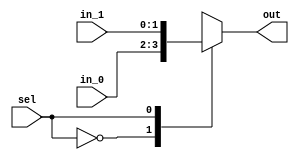
/*
 * Generated by Digital. Don't modify this file!
 * Any changes will be lost if this file is regenerated.
 */

module Mux_2x1_NBits #(
    parameter Bits = 2
)
(
    input [0:0] sel,
    input [(Bits - 1):0] in_0,
    input [(Bits - 1):0] in_1,
    output reg [(Bits - 1):0] out
);
    always @ (*) begin
        case (sel)
            1'h0: out = in_0;
            1'h1: out = in_1;
            default:
                out = 'h0;
        endcase
    end
endmodule


module DIG_Register_BUS #(
    parameter Bits = 1
)
(
    input C,
    input en,
    input [(Bits - 1):0]D,
    output [(Bits - 1):0]Q
);

    reg [(Bits - 1):0] state = 'h0;

    assign Q = state;

    always @ (posedge C) begin
        if (en)
            state <= D;
   end
endmodule
module DIG_Add
#(
    parameter Bits = 1
)
(
    input [(Bits-1):0] a,
    input [(Bits-1):0] b,
    input c_i,
    output [(Bits - 1):0] s,
    output c_o
);
   wire [Bits:0] temp;

   assign temp = a + b + c_i;
   assign s = temp [(Bits-1):0];
   assign c_o = temp[Bits];
endmodule


module pcdecoder(
    input [31:0] vpc,
    output reg[9:0] ppc,
    output reg invpc
);

parameter [31:0] startp=32'h400000 ;
parameter [31:0] endp=32'h401000 ;

always @(*)
begin
    if(vpc>=startp 
    & vpc<endp)begin
            ppc = vpc - startp;
	    invpc = 1'b0;
    end else begin
        invpc = 1'b1;
        ppc = 7'dx;
    end
end
endmodule
module shift(
	input [9:0] in,
	output [9:0] out
);

assign out = in >> 2;

endmodule
module DIG_ROM_1024X32 (
    input [9:0] A,
    input sel,
    output reg [31:0] D
);
    reg [31:0] my_rom [0:6];

    always @ (*) begin
        if (~sel)
            D = 32'hz;
        else if (A > 10'h6)
            D = 32'h0;
        else
            D = my_rom[A];
    end

    initial begin
        my_rom[0] = 32'h2408fffc;
        my_rom[1] = 32'h5000002;
        my_rom[2] = 32'h240800aa;
        my_rom[3] = 32'h8100006;
        my_rom[4] = 32'h24080004;
        my_rom[5] = 32'h8100001;
        my_rom[6] = 32'h8100006;
    end
endmodule

module JumpTarget(
	input [25:0] in,
	input [31:0] pc4,
	output [31:0] out 
);

assign out = {pc4[31:28], in, 2'b0};

endmodule
module BranchTarget(
	input [15:0] imm,
	input [31:0] pc4,
	output [31:0] out
);

wire [31:0] signExt;

assign signExt = {{16{imm[15]}}, imm};

assign out = {signExt[29:0], 2'b0} + pc4;

endmodule
module DIG_BitExtender #(
    parameter inputBits = 2,
    parameter outputBits = 4
)
(
    input [(inputBits-1):0] in,
    output [(outputBits - 1):0] out
);
    assign out = {{(outputBits - inputBits){in[inputBits - 1]}}, in};
endmodule



module controlunit(
    input [5:0] opcode,
    input [5:0] func,
    input [4:0] rt,
    output reg [1:0]RegDst,
    output reg branch,
    output reg memread,
    output reg memwrite,
    output reg [1:0]memtoReg,
    output reg [2:0]ALUop,
    output reg Alusrc,
    output reg regwrite,
    output reg jump,
    output reg bne,
    output reg immS,
    output reg [1:0]dS,
    output reg btX,
    output reg iOp,
    output reg bgez,
    output reg bgtz,
    output reg blez,
    output reg bltz,
    output reg jal,
    output reg jr
);

always @(*)
begin
    case (opcode)
      6'd0://R-Format((add,sub,and,or,slt)//entrega4(sll,srl,sra,sllv,srlv,srav,)
      begin
            if(func==6'd8) begin
            {RegDst,Alusrc,memtoReg,regwrite,memread,memwrite,branch,ALUop, jump, bne, immS} = 
            {2'b01, 1'b0,  2'b00,   1'b0,    1'b0,   1'b0,    1'b0,  3'b000,1'b0, 1'b0,1'b0};
            dS=2'b00;
            btX=1'b0;
            iOp = 1'b0;
            bgez = 1'b0;
            bgtz = 1'b0;
            blez = 1'b0;
            bltz = 1'b0;
            jal = 1'b0;
            jr = 1'b1;
            end else begin
            {RegDst,Alusrc,memtoReg,regwrite,memread,memwrite,branch,ALUop, jump, bne, immS} = 
            {2'b01, 1'b0,  2'b00,   1'b1,    1'b0,   1'b0,    1'b0,  3'b010,1'b0, 1'b0,1'b0};
            dS=2'b00;
            btX=1'b0;
            iOp = 1'b0;
            bgez = 1'b0;
            bgtz = 1'b0;
            blez = 1'b0;
            bltz = 1'b0;
            jal = 1'b0;
            jr = 1'b0;
            end
      end
      6'd1://BGEZ o BLTZ
      begin
            if(rt==5'd1)begin//BGEZ
            {RegDst,Alusrc,memtoReg,regwrite,memread,memwrite,branch,ALUop, jump,bne, immS} =
            {2'b00, 1'b0,  2'b00,   1'b0,    1'b0,   1'b0,    1'b0,  3'b000,1'b0,1'b0,1'b0};
            dS=2'b00;
            btX=1'b0;
            iOp = 1'b0;
            bgez = 1'b1;
            bgtz = 1'b0;
            blez = 1'b0;
            bltz = 1'b0;
            jr = 1'b0;
            jal = 1'b0;
            end else begin//BLTZ
            {RegDst,Alusrc,memtoReg,regwrite,memread,memwrite,branch,ALUop, jump,bne, immS} =
            {2'b00, 1'b0,  2'b00,   1'b0,    1'b0,   1'b0,    1'b0,  3'b000,1'b0,1'b0,1'b0};
            dS=2'b00;
            btX=1'b0;
            iOp = 1'b0;
            bgez = 1'b0;
            bgtz = 1'b0;
            blez = 1'b0;
            bltz = 1'b1;
            jr = 1'b0;
            jal = 1'b0;
            end
      end
      6'd2://Jump
      begin
            {RegDst,Alusrc,memtoReg,regwrite,memread,memwrite,branch,ALUop,jump,bne,immS} = {2'b00,1'b0,2'b00,1'b0,1'b0,1'b0,1'b0,3'b000,1'b1,1'b0,1'b0};
            dS=2'b00;
            btX=1'b0;
            iOp = 1'b0;
            bgez = 1'b0;
            bgtz = 1'b0;
            blez = 1'b0;
            bltz = 1'b0;
            jr = 1'b0;
            jal = 1'b0;
           
      end
      6'd3://JAL
      begin
            {RegDst,Alusrc,memtoReg,regwrite,memread,memwrite,branch,ALUop,jump,bne,immS} = 
            {2'b10, 1'b0,  2'b11,   1'b1,    1'b0,   1'b0,    1'b0,  3'b000,1'b1,1'b0,1'b0};
            dS=2'b00;
            btX=1'b0;
            iOp = 1'b0;
            bgez = 1'b0;
            bgtz = 1'b0;
            blez = 1'b0;
            bltz = 1'b0;
            jal = 1'b1;
            jr = 1'b0;
           
      end
       
      6'd4://beq
      begin
            {RegDst,Alusrc,memtoReg,regwrite,memread,memwrite,branch,ALUop,jump,bne,immS} =
             {2'b00,1'b0,2'b00,1'b0,1'b0,1'b0,1'b1,3'b001,1'b0,1'b0,1'b0};
            dS=2'b00;
            btX=1'b0;
            iOp = 1'b0;
            bgez = 1'b0;
            bgtz = 1'b0;
            blez = 1'b0;
            bltz = 1'b0;
            jr = 1'b0;
            jal = 1'b0;
            
      end
      6'd5://bne
      begin
            {RegDst,Alusrc,memtoReg,regwrite,memread,memwrite,branch,ALUop,jump,bne,immS} = {2'b00,1'b0,2'b00,1'b0,1'b0,1'b0,1'b0,3'b001,1'b0,1'b1,1'b0};
            dS=2'b00;
            btX=1'b0;
            iOp = 1'b0;
            bgez = 1'b0;
            bgtz = 1'b0;
            blez = 1'b0;
            bltz = 1'b0;
            jr = 1'b0;
            jal = 1'b0;
         
      end
      6'd6://blez
      begin
      {RegDst,Alusrc,memtoReg,regwrite,memread,memwrite,branch,ALUop, jump,bne, immS} =
            {2'b00, 1'b0,  2'b00,   1'b0,    1'b0,   1'b0,    1'b0,  3'b000,1'b0,1'b0,1'b0};
            dS=2'b00;
            btX=1'b0;
            iOp = 1'b0;
            bgez = 1'b0;
            bgtz = 1'b0;
            blez = 1'b1;
            bltz = 1'b0;
            jr = 1'b0;
            jal = 1'b0;
      end
      6'd7://bgtz
      begin
      {RegDst,Alusrc,memtoReg,regwrite,memread,memwrite,branch,ALUop, jump,bne, immS} =
            {2'b00, 1'b0,  2'b00,   1'b0,    1'b0,   1'b0,    1'b0,  3'b000,1'b0,1'b0,1'b0};
            dS=2'b00;
            btX=1'b0;
            iOp = 1'b0;
            bgez = 1'b0;
            bgtz = 1'b1;
            blez = 1'b0;
            bltz = 1'b0;
            jr = 1'b0;
            jal = 1'b0;
      end
      6'd8://addi
      begin
            {RegDst,Alusrc,memtoReg,regwrite,memread,memwrite,branch,ALUop,jump,bne,immS} = {2'b00,1'b1,2'b00,1'b1,1'b0,1'b0,1'b0,3'b000,1'b0,1'b0,1'b0};
            dS=2'b00;
            btX=1'b0;
            iOp = 1'b0;
            bgez = 1'b0;
            bgtz = 1'b0;
            blez = 1'b0;
            bltz = 1'b0;
            jr = 1'b0;
            jal = 1'b0;
        
      end
      6'd9://addiu
      begin
            {RegDst,Alusrc,memtoReg,regwrite,memread,memwrite,branch,ALUop,jump,bne,immS} = {2'b00,1'b1,2'b00,1'b1,1'b0,1'b0,1'b0,3'b000,1'b0,1'b0,1'b0};
            dS=2'b00;
            btX=1'b0;
            iOp = 1'b0;
            bgez = 1'b0;
            bgtz = 1'b0;
            blez = 1'b0;
            bltz = 1'b0;
            jr = 1'b0;
            jal = 1'b0;
   
      end
      6'd10://slti
      begin
            {RegDst,Alusrc,memtoReg,regwrite,memread,memwrite,branch,ALUop,jump,bne,immS} = 
            {2'b00,  1'b1,  2'b00,   1'b1,    1'b0,   1'b0,    1'b0,  3'b110,1'b0,1'b0,1'b1};
            dS=2'b00;
            btX=1'b0;
            iOp = 1'b0;
            bgez = 1'b0;
            bgtz = 1'b0;
            blez = 1'b0;
            bltz = 1'b0;
            jr = 1'b0;
            jal = 1'b0;
  
      end
       6'd11://sltiu
      begin
            {RegDst,Alusrc,memtoReg,regwrite,memread,memwrite,branch,ALUop,jump,bne,immS} = 
            {2'b00,  1'b1,  2'b00,   1'b1,    1'b0,   1'b0,    1'b0,  3'b111,1'b0,1'b0,1'b0};
            dS=2'b00;
            btX=1'b0;
            iOp = 1'b0;
            bgez = 1'b0;
            bgtz = 1'b0;
            blez = 1'b0;
            bltz = 1'b0;
            jr = 1'b0;
            jal = 1'b0;
  
      end
      6'd12://andi
      begin
            {RegDst,Alusrc,memtoReg,regwrite,memread,memwrite,branch,ALUop,jump,bne,immS} = {2'b00,1'b1,2'b00,1'b1,1'b0,1'b0,1'b0,3'b011,1'b0,1'b0,1'b1};
            dS=2'b00;
            btX=1'b0;
            iOp = 1'b0;
            bgez = 1'b0;
            bgtz = 1'b0;
            blez = 1'b0;
            bltz = 1'b0;
            jr = 1'b0;
            jal = 1'b0;

      end
      6'd13://ori
      begin
            {RegDst,Alusrc,memtoReg,regwrite,memread,memwrite,branch,ALUop,jump,bne,immS} = {2'b00,1'b1,2'b00,1'b1,1'b0,1'b0,1'b0,3'b100,1'b0,1'b0,1'b1};
            dS=2'b00;
            btX=1'b0;
            iOp = 1'b0;
            bgez = 1'b0;
            bgtz = 1'b0;
            blez = 1'b0;
            bltz = 1'b0;
            jr = 1'b0;
            jal = 1'b0;
  
      end
      6'd14://xori
      begin
            {RegDst,Alusrc,memtoReg,regwrite,memread,memwrite,branch,ALUop,jump,bne,immS} = 
            {2'b00,  1'b1,  2'b00,   1'b1,    1'b0,   1'b0,    1'b0,  3'b101,1'b0,1'b0,1'b1};
            dS=2'b00;
            btX=1'b0;
            iOp = 1'b0;
            bgez = 1'b0;
            bgtz = 1'b0;
            blez = 1'b0;
            bltz = 1'b0;
            jr = 1'b0;
            jal = 1'b0;
  
      end
      6'd15://lui
      begin
            {RegDst,Alusrc,memtoReg,regwrite,memread,memwrite,branch,ALUop,jump,bne,immS} = {2'b00,1'b0,2'b10,1'b1,1'b0,1'b0,1'b0,3'b000,1'b0,1'b0,1'b0};
            dS=2'b00;
            btX=1'b0;
            iOp = 1'b0;
            bgez = 1'b0;
            bgtz = 1'b0;
            blez = 1'b0;
            bltz = 1'b0;
            jr = 1'b0;
            jal = 1'b0;
         
      end
      6'd32://lb
      begin
            {RegDst,Alusrc,memtoReg,regwrite,memread,memwrite,branch,ALUop,jump,bne,immS} 
          = {2'b00,   1'b1,  2'b01,   1'b1,    1'b1,   1'b0,    1'b0,3'b000, 1'b0,1'b0,1'b0};
            dS=2'b10;//0-Word,1-HWord,2-byte
            btX=1'b1;//1-SignEx,2-ZeroEx
            iOp = 1'b0;
            bgez = 1'b0;
            bgtz = 1'b0;
            blez = 1'b0;
            bltz = 1'b0;
            jr = 1'b0;
            jal = 1'b0;
  
      end
      6'd33://lh
      begin
            {RegDst,Alusrc,memtoReg,regwrite,memread,memwrite,branch,ALUop,jump,bne,immS} 
          = {2'b00,   1'b1,  2'b01,   1'b1,    1'b1,   1'b0,    1'b0,3'b000, 1'b0,1'b0,1'b0};
            dS=2'b01;//0-Word,1-HWord,2-byte
            btX=1'b1;//1-SignEx,2-ZeroEx
            iOp = 1'b0;
            bgez = 1'b0;
            bgtz = 1'b0;
            blez = 1'b0;
            bltz = 1'b0;
            jr = 1'b0;
            jal = 1'b0;
 
      end
      6'd35://loadword
      begin
            {RegDst,Alusrc,memtoReg,regwrite,memread,memwrite,branch,ALUop,jump,bne,immS} 
          = {2'b00,  1'b1,  2'b01,   1'b1,    1'b1,   1'b0,    1'b0,  3'b000,1'b0,1'b0,1'b0};
            dS=2'b00;//0-Word,1-HWord,2-byte
            btX=1'b1;//1-SignEx,2-ZeroEx
            iOp = 1'b0;
            bgez = 1'b0;
            bgtz = 1'b0;
            blez = 1'b0;
            bltz = 1'b0;
            jr = 1'b0;
            jal = 1'b0;

      end

      6'd36://lbu
      begin
            {RegDst,Alusrc,memtoReg,regwrite,memread,memwrite,branch,ALUop,jump,bne,immS} 
          = {2'b00,   1'b1,  2'b01,   1'b1,    1'b1,   1'b0,    1'b0,3'b000, 1'b0,1'b0,1'b0};
            dS=2'b10;//0-Word,1-HWord,2-byte
            btX=1'b0;//1-SignEx,2-ZeroEx
            iOp = 1'b0;
            bgez = 1'b0;
            bgtz = 1'b0;
            blez = 1'b0;
            bltz = 1'b0;
            jr = 1'b0;
            jal = 1'b0;
           
      end
      6'd37://lhu
      begin
            {RegDst,Alusrc,memtoReg,regwrite,memread,memwrite,branch,ALUop,jump,bne,immS} 
          = {2'b00,   1'b1,  2'b01,   1'b1,    1'b1,   1'b0,    1'b0,3'b000, 1'b0,1'b0,1'b0};
            dS=2'b01;//0-Word,1-HWord,2-byte
            btX=1'b0;//1-SignEx,2-ZeroEx1
            iOp = 1'b0;
            bgez = 1'b0;
            bgtz = 1'b0;
            blez = 1'b0;
            bltz = 1'b0;
            jr = 1'b0;
            jal = 1'b0;
      
      end
     6'd40://sb
      begin
            {RegDst,Alusrc,memtoReg,regwrite,memread,memwrite,branch,ALUop,jump,bne,immS} 
          = {2'b00,   1'b1,  2'b00,   1'b0,    1'b0,   1'b1,    1'b0,3'b000, 1'b0,1'b0,1'b0};
            dS=2'b10;//0-Word,1-HWord,2-byte
            btX=1'b0;//1-SignEx,2-ZeroEx
            iOp = 1'b0;
            bgez = 1'b0;
            bgtz = 1'b0;
            blez = 1'b0;
            bltz = 1'b0;
            jr = 1'b0;
            jal = 1'b0;
      end
      6'd41://sh
      begin
            {RegDst,Alusrc,memtoReg,regwrite,memread,memwrite,branch,ALUop,jump,bne,immS} 
          = {2'b00,   1'b1,  2'b00,   1'b0,    1'b0,   1'b1,    1'b0,3'b000, 1'b0,1'b0,1'b0};
            dS=2'b01;//0-Word,1-HWord,2-byte
            btX=1'b0;//1-SignEx,2-ZeroEx
            iOp = 1'b0;
            bgez = 1'b0;
            bgtz = 1'b0;
            blez = 1'b0;
            bltz = 1'b0;
            jr = 1'b0;
            jal = 1'b0;
            
      end
      6'd43://storeword
      begin
            {RegDst,Alusrc,memtoReg,regwrite,memread,memwrite,branch,ALUop,jump,bne,immS}
          = {2'b00,  1'b1,  2'b00,   1'b0,    1'b0,   1'b1,    1'b0,  3'b000,1'b0,1'b0,1'b0};
            dS=2'b00;//0-Word,1-HWord,2-byte
            btX=1'b0;//1-SignEx,2-ZeroEx
            iOp = 1'b0;
            bgez = 1'b0;
            bgtz = 1'b0;
            blez = 1'b0;
            bltz = 1'b0;
            jr = 1'b0;
            jal = 1'b0;
           
      end
      default: 
      begin
        {RegDst,Alusrc,memtoReg,regwrite,memread,memwrite,branch,ALUop,jump,bne} = {2'bxx,1'bx,2'bxx,1'bx,1'bx,1'bx,1'bx,3'bxxx,1'bx,1'bx,1'bx};
        dS=2'b00;
        btX=1'b0;
        iOp = 1'b1;
        bgez = 1'b0;
        bgtz = 1'b0;
        blez = 1'b0;
        bltz = 1'b0;
        jr = 1'b0;
        jal = 1'b0;
        
      end
            
    endcase
end

endmodule
module zeroExtension(
    input [15:0] n,
    output [31:0] res
);

assign res = {16'b0,n};

endmodule
module lui(
    input [15:0] n,
    output [31:0] res
);


assign res = {n,16'b0};

endmodule

module Mux_4x1_NBits #(
    parameter Bits = 2
)
(
    input [1:0] sel,
    input [(Bits - 1):0] in_0,
    input [(Bits - 1):0] in_1,
    input [(Bits - 1):0] in_2,
    input [(Bits - 1):0] in_3,
    output reg [(Bits - 1):0] out
);
    always @ (*) begin
        case (sel)
            2'h0: out = in_0;
            2'h1: out = in_1;
            2'h2: out = in_2;
            2'h3: out = in_3;
            default:
                out = 'h0;
        endcase
    end
endmodule

module alucontrol(
    input [2:0] aluop,
    input [5:0] func,
    output reg[3:0] op,
    output reg alurt,
    output reg [1:0] alurssa
);


always @(*)
begin
    case (aluop)
      3'b000:
      begin
            op = 4'd0;//suma para lw y sw
            alurt = 1'b0;
            alurssa = 2'd0;
      end
      3'b001:
      begin
            op = 4'd1;//resta para el beq
            alurt = 1'b0;
            alurssa = 2'd0;
      end
      3'b010://R-Format
            case (func)
                6'b000000://SLL
                begin
                        op = 4'd5;//shift left logic 
                        alurt = 1'b1;
                        alurssa = 2'd1;
                end
                6'b000010://SRL
                begin
                        op = 4'd6;//shift right logic 
                        alurt = 1'b1;
                        alurssa = 2'd1;
                end
                6'b000011://SRA
                begin
                        op = 4'd7;//shift right arithmetic
                        alurt = 1'b1;
                        alurssa = 2'd1;
                end
                6'b000100://SLLV
                begin
                        op = 4'd5;//shift left logic
                        alurt = 1'b1;
                        alurssa = 2'd2;//emtra rs como segundo
                end
                6'b000110://SRLV
                begin
                        op = 4'd6;//shift right logic
                        alurt = 1'b1;
                        alurssa = 2'd2;//emtra rs como segundo
                end
                6'b000111://SRAV
                begin
                        op = 4'd7;//shift right arithmetic
                        alurt = 1'b1;
                        alurssa = 2'd2;//emtra rs como segundo
                end
                6'b100000:
                begin
                        op = 4'd0;//suma 
                        alurt = 1'b0;
                        alurssa = 2'd0;
                end
                6'b100001:
                begin
                        op = 4'd0;//addu
                        alurt = 1'b0;
                        alurssa = 2'd0;
                end
                6'b100010:
                begin
                        op = 4'd1;//resta
                        alurt = 1'b0;
                        alurssa = 2'd0;
                end
                6'b100011:
                begin
                        op= 4'd1;//subu
                        alurt = 1'b0;
                        alurssa = 2'd0;
                end
                6'b100100:
                begin
                        op = 4'd2;//AND
                        alurt = 1'b0;
                        alurssa = 2'd0;
                end
                6'b100101:
                begin
                        op = 4'd3;//OR
                        alurt = 1'b0;
                        alurssa = 2'd0;
                end
                6'b100110://XOR
                begin
                        op = 4'd8;
                        alurt = 1'b0;
                        alurssa = 2'd0;
                end
                6'b101010:
                begin
                        op = 4'd4;//set less than
                        alurt = 1'b0;
                        alurssa = 2'd0;
                end
                6'b101011://SLTU
                begin
                        op = 4'd9;
                        alurt = 1'b0;
                        alurssa = 2'd0;
                end
            default: 
            begin
                        op = 4'dx;
                        alurt = 1'b0;
                        alurssa = 2'd0;
            end
            endcase
        
        3'b011://and
        begin
                op = 4'd2;
                alurt = 1'b0;
                alurssa = 2'd0;
        end
        3'b100://or
        begin
                op = 4'd3;
                alurt = 1'b0;
                alurssa = 2'd0;
        end
        3'b101://xor
        begin
                op = 4'd3;
                alurt = 1'b0;
                alurssa = 2'd0;
        end
        3'b110://lessthansigned
        begin
                op = 4'd4;
                alurt = 1'b0;
                alurssa = 2'd0;
        end
        3'b111://lessthanunsigned
        begin
                op = 4'd9;
                alurt = 1'b0;
                alurssa = 2'd0;
        end
      default:
      begin
            op = 4'dx;
            alurt = 1'b0;
            alurssa = 2'd0; 
      end
    endcase
end

endmodule
module alu(
	input[31:0] a,
	input[31:0] b,
	input[3:0] op,
	output reg[31:0] r,
	output isZ
);

assign isZ = r == 32'd0;

always@(*)
begin
	case(op)
		4'd0: r = a + b;
		4'd1: r = a - b;
		4'd2: r = a & b;
		4'd3: r = a | b;
		4'd4: r = {31'd0, $signed(a) < $signed(b)};
        	4'd5: r = a << b;
        	4'd6: r = a >> b;
        	4'd7: r = $signed(a) >>> b;
		4'd8: r = a ^ b;
		4'd9: r = {31'd0, a<b};
		default: r = 32'dX;
	endcase
end

endmodule
module regfile(
input clk,
input [4:0]Ra,
input [4:0]Rb,
input [4:0]Rw,
input we,
input [31:0]din,
output reg [31:0]Da,
output reg [31:0]Db,
output [31:0] t_0,
output [31:0] t_1,
output [31:0] t_2,
output [31:0] t_3

);

reg [31:0] memory[31:0];
assign t_0 = memory[8];
assign t_1 = memory[9];
assign t_2 = memory[10];
assign t_3 = memory[11];

//seteando registros
//initial $readmemh("/home/alexander/Documents/MIPS32SOC-Part2/tests/hex/RegFile.mif", memory);
initial begin
memory[0] = 32'b0;
end

always @(posedge clk)
begin
    if(we & Rw > 0)
        memory[Rw]<=din;
    

end

always @(*)
begin
  
    
    Da<=memory[Ra];
    Db<=memory[Rb];
end
endmodule
module memoryDecoder(
    input [31:0] vAddr,
    input mW,
    input mR,
    output reg [12:0] pAd,
    output reg[2:0] mE,
    output reg[1:0] mB,
    output reg iAd
);

parameter [31:0] startg=32'h10010000;
parameter [31:0] endg=32'h10011000;
parameter [31:0] starts=32'h7FFFEFFC;
parameter [31:0] ends=32'h7FFFFFFC;
parameter [31:0] startvga=32'hb800;
parameter [31:0] endvga = 32'hcabf;
parameter [31:0] startio = 32'hffff0000;
parameter [31:0] endio = 32'hffff000f;
reg [31:0] temp;

always @(*)

if(mW | mR) 
begin
    if(vAddr>= startg & vAddr<endg)begin
        temp = vAddr - 32'h10010000;
	    pAd = temp;
        iAd = 1'b0;
        mE = 3'b001; //enable datamemory
        mB = 2'b00; //accediendo datamemory
    end else if(vAddr >= starts & vAddr<ends)begin
	temp= vAddr - 32'h7fffdffc;
     	pAd = temp;
        iAd = 1'b0;
        mE = 3'b001;//enable data memory
        mB = 2'b00;//accediendo datamemory
    end else if(vAddr>=startvga & vAddr<=endvga)begin
        temp = vAddr - 32'hb800;
        pAd = temp;
        iAd = 1'b0;
        mE = 3'b010;//enable vga
        mB = 2'b01;//accediendo vga
    end else if(vAddr>=startio & vAddr<=endio)begin
        temp = vAddr - 32'hFFFF0000;
        pAd = temp;
        iAd = 1'b0;
        mE = 3'b100;//enable I/O
        mB = 2'b10;//accediendio I/O
    end else begin
        pAd = 13'd0;
        iAd = 1'b1;
        mE = 3'b000;
        mB = 2'b00;
    end
end

endmodule
module MemoryRDataDecoder(
    input [31:0] inD,
    input [1:0] ofs,
    input bitX,
    input [1:0] ds,
    output reg[31:0] oD
);

always @(*)
    case (ds)
      2'b00://Word
      begin
        oD=inD;
      end
      2'b01://Half-Word
      begin
        case (ofs)
          2'b00:
              begin
                if(bitX) begin//do signExtend
                  oD={ {16{inD[31]}},inD[31:16]};
                end else begin
                  oD={16'b0,inD[31:16]};
                end
              end
              2'b01:
              begin
                if(bitX) begin//do signExtend
                  oD={ {16{inD[31]}},inD[31:16]};
                end else begin
                  oD={16'b0,inD[31:16]};
                end
              end
              2'b10:
              begin
                if(bitX) begin
                oD={ {16{inD[15]}},inD[15:0]};
                end else begin
                oD={16'b0,inD[15:0]};
                end
              end
              2'b11:
              begin
                if(bitX) begin
                oD={ {16{inD[15]}},inD[15:0]};
                end else begin
                oD={16'b0,inD[15:0]};
                end
              end
        endcase
      end 
      2'b10://Byte
      begin
        case (ofs)
          2'b00:
              begin
                if(bitX) begin//do signExtend
                  oD={ {24{inD[31]}} ,inD[31:24]};
                end else begin
                  oD={24'b0,inD[31:24]};
                end
              end
              2'b01:
              begin
                if(bitX) begin//do signExtend
                  oD={ {24{inD[23]}},inD[23:16]};
                end else begin
                  oD={24'b0,inD[23:16]};
                end
              end
              2'b10:
              begin
                if(bitX) begin//do signExtend
                  oD={ {24{inD[15]}},inD[15:8]};
                end else begin
                  oD={24'b0,inD[15:8]};
                end
              end
              2'b11:
              begin
                if(bitX) begin//do signExtend
                  oD={ {24{inD[7]}},inD[7:0]};
                end else begin
                  oD={24'b0,inD[7:0]};
                end
              end
        endcase
      end
      default: 
        oD=31'b0;
    endcase
endmodule
module MemoryWDataEncoder(
    input [31:0] inD,
    input [1:0]ofs,
    input iwe,
    input [1:0] ds,
    output reg[31:0] oD,
    output reg[3:0] owe
);

always @(*)
if(iwe)
begin
  case (ds)
        2'b00: //Word
        begin
            owe=4'b1111;
            oD = inD;
        end
        2'b01: //Half-Word
        begin
            case (ofs)
              2'b00:
              begin
                owe=4'b0011;
                oD=inD<<16;
              end
              2'b01:
              begin
                owe=4'b0011;
                oD=inD<<16;
              end
              2'b10:
              begin
                owe=4'b1100;
                oD={16'b0,inD[15:0]};
              end
              2'b11:
              begin
                owe=4'b1100;
                oD={16'b0,inD[15:0]};
              end
            endcase
        end
        2'b10: //Byte
        begin
            case(ofs)
              2'b00:
              begin
                owe=4'b0001;
                oD=inD<<24;
              end
              2'b01:
              begin
                owe=4'b0010;
                oD={8'b0,inD[7:0],16'b0};
              end
              2'b10:
              begin
                owe=4'b0100;
                oD={16'b0,inD[7:0],8'b0};
              end
              2'b11:
              begin
                owe=4'b1000;
                oD={24'b0,inD[7:0]};
              end
            endcase
        end
    default: 
        begin
        owe=4'bx;
        oD=31'bx;
        end
  endcase
end else begin
    owe=4'b0000;
    oD=31'b0;
end

endmodule
module cpustop(
    input ipc,
    input iAd,
    input iOp,
    output reg stop
);

always @(*)
if(ipc | iAd | iOp) begin
  stop = 1'b1;
end else begin
  stop = 1'b0;
end

endmodule
module branchresolver(
    input beq,
    input bne,
    input bgez,
    input bgtz,
    input blez,
    input bltz,
    input zero,
    input sign,
    output reg bt
);

always @(*)
begin
    if(beq & zero)
        bt=1'b1;
    else if(bne & !zero)
        bt=1'b1;
    else if(bgez & sign==1'b0)
        bt=1'b1;
    else if(bgtz & sign==1'b0 & zero==1'b0)
        bt=1'b1;
    else if(blez & (sign==1'b1 | zero==1'b0))
        bt=1'b1;
    else if(bltz & sign==1'b1)
        bt=1'b1;
    else
        bt=1'b0;
    
end

endmodule

module DemuxBus2 #(
    parameter Bits = 2
)
(
    output [10:0] out_0,
    output [10:0] out_1,
    output [10:0] out_2,
    output [10:0] out_3,
    input [1:0] sel,
    input [10:0] in
);
    assign out_0 = (sel == 2'h0)? in : 11'h0;
    assign out_1 = (sel == 2'h1)? in : 11'h0;
    assign out_2 = (sel == 2'h2)? in : 11'h0;
    assign out_3 = (sel == 2'h3)? in : 11'h0;
endmodule

module DataMem(
    input clk, //! Clock input
    input en, //! Enable
    input [3:0] we, //! Per byte write enable
    input [10:0] addr, //! Address
    input [31:0] wd, //! Write data
    output [31:0] rd, //! Read data
    output [31:0] w
);
 
    reg [31:0] memory[0:2047];
    assign w = memory[0];
    assign rd = en? memory[addr] : 32'hz;


    always @(posedge clk)
    begin
        if (en) begin
            if (we[3]) memory[addr][7:0] <= wd[7:0];
            if (we[2]) memory[addr][15:8] <= wd[15:8];
            if (we[1]) memory[addr][23:16] <= wd[23:16];
            if (we[0]) memory[addr][31:24] <= wd[31:24];
        end
    end
 
`ifndef DIGITAL
    initial begin
        //$readmemh("/home/alexander/Documents/Organizacion de Computadoras/MIPS32SOC_Part1_Template/test_lb_data.mif", memory, 0, 1023);
	memory[0]=32'b0;
    end
`endif 
endmodule
module DataMemVGA(
    input clk, //! Clock input
    input en, //! Enable
    input [3:0] we, //! Per byte write enable
    input [10:0] addr, //! Address
    input [31:0] wd, //! Write data
    output [31:0] rd //! Read data
);
 
    reg [31:0] memory[0:2047];
 
    assign rd = en? memory[addr] : 32'hz;
 
    always @(posedge clk)
    begin
        if (en) begin
            if (we[3]) memory[addr][7:0] <= wd[7:0];
            if (we[2]) memory[addr][15:8] <= wd[15:8];
            if (we[1]) memory[addr][23:16] <= wd[23:16];
            if (we[0]) memory[addr][31:24] <= wd[31:24];
        end
    end
 
`ifndef DIGITAL
    initial begin
        //$readmemh("data.mif", memory, 0, 1023);
    end
`endif 
endmodule

module testbltz (
  input CLK,
  input reset,
  output invpc,
  output iAddr,
  output [31:0] t_0,
  output [31:0] t_1,
  output [31:0] t_2,
  output [10:0] error,
  output iOp,
  output [31:0] w_0,
  output [31:0] t_3
);
  wire [9:0] s0;
  wire [31:0] Ins;
  wire [31:0] s1;
  wire [31:0] s2;
  wire [31:0] \pc+4 ;
  wire jump;
  wire [31:0] s3;
  wire [31:0] s4;
  wire [31:0] s5;
  wire branchtaken;
  wire [31:0] s6;
  wire [25:0] s7;
  wire [15:0] i_15_0;
  wire [31:0] s8;
  wire [31:0] s9;
  wire [3:0] opcontrol;
  wire [31:0] rvAddr;
  wire isZ;
  wire ALUsrc;
  wire [31:0] s10;
  wire [31:0] s11;
  wire [31:0] s12;
  wire [31:0] s13;
  wire [5:0] func;
  wire [4:0] sa;
  wire [4:0] rd;
  wire [4:0] rt;
  wire [4:0] rs;
  wire [5:0] op;
  wire [1:0] RegDst;
  wire [4:0] s14;
  wire datamEn;
  wire [3:0] s15;
  wire [10:0] dmAddr;
  wire [31:0] s16;
  wire [31:0] DMrd;
  wire regwrite;
  wire [31:0] rwd;
  wire [31:0] regA;
  wire branch;
  wire memread;
  wire memwrite;
  wire [1:0] memtoReg;
  wire [2:0] ALUop;
  wire branche;
  wire immS;
  wire [1:0] dS;
  wire btX;
  wire iOp_temp;
  wire bgez;
  wire bgtz;
  wire blez;
  wire bltz;
  wire jal;
  wire jr;
  wire alurt;
  wire [1:0] alurs;
  wire [9:0] s17;
  wire invpc_temp;
  wire [12:0] phyAddr;
  wire [2:0] s18;
  wire [1:0] mB;
  wire iAddr_temp;
  wire [31:0] s19;
  wire [31:0] s20;
  wire [31:0] s21;
  wire s22;
  wire [31:0] next_pc;
  wire [31:0] s23;
  wire [31:0] s24;
  wire [1:0] offs;
  wire VGAEn;
  wire [10:0] VGAAddr;
  wire [31:0] VGArd;
  wire IOEn;
  wire [10:0] s25;
  wire [10:0] IOAddr;
  wire [31:0] s26;
  wire s27;
  Mux_2x1_NBits #(
    .Bits(32)
  )
  Mux_2x1_NBits_i0 (
    .sel( reset ),
    .in_0( 32'b10000000000000000000000 ),
    .in_1( s23 ),
    .out( s1 )
  );
  // PC
  DIG_Register_BUS #(
    .Bits(32)
  )
  DIG_Register_BUS_i1 (
    .D( s1 ),
    .C( CLK ),
    .en( 1'b1 ),
    .Q( s2 )
  );
  // pc+4
  DIG_Add #(
    .Bits(32)
  )
  DIG_Add_i2 (
    .a( s2 ),
    .b( 32'b100 ),
    .c_i( 1'b0 ),
    .s( \pc+4  )
  );
  // pcdecoder
  pcdecoder pcdecoder_i3 (
    .vpc( s2 ),
    .ppc( s17 ),
    .invpc( invpc_temp )
  );
  // shift
  shift shift_i4 (
    .in( s17 ),
    .out( s0 )
  );
  // Ins_mem
  DIG_ROM_1024X32 DIG_ROM_1024X32_i5 (
    .A( s0 ),
    .sel( 1'b1 ),
    .D( Ins )
  );
  assign s7 = Ins[25:0];
  assign i_15_0 = Ins[15:0];
  assign func = Ins[5:0];
  assign sa = Ins[10:6];
  assign rd = Ins[15:11];
  assign rt = Ins[20:16];
  assign rs = Ins[25:21];
  assign op = Ins[31:26];
  // JumpTarget
  JumpTarget JumpTarget_i6 (
    .in( s7 ),
    .pc4( \pc+4  ),
    .out( s4 )
  );
  // BranchTarget
  BranchTarget BranchTarget_i7 (
    .imm( i_15_0 ),
    .pc4( \pc+4  ),
    .out( s6 )
  );
  // SignEx
  DIG_BitExtender #(
    .inputBits(16),
    .outputBits(32)
  )
  DIG_BitExtender_i8 (
    .in( i_15_0 ),
    .out( s13 )
  );
  // controlunit
  controlunit controlunit_i9 (
    .opcode( op ),
    .func( func ),
    .rt( rt ),
    .RegDst( RegDst ),
    .branch( branch ),
    .memread( memread ),
    .memwrite( memwrite ),
    .memtoReg( memtoReg ),
    .ALUop( ALUop ),
    .Alusrc( ALUsrc ),
    .regwrite( regwrite ),
    .jump( jump ),
    .bne( branche ),
    .immS( immS ),
    .dS( dS ),
    .btX( btX ),
    .iOp( iOp_temp ),
    .bgez( bgez ),
    .bgtz( bgtz ),
    .blez( blez ),
    .bltz( bltz ),
    .jal( jal ),
    .jr( jr )
  );
  // zeroExtension
  zeroExtension zeroExtension_i10 (
    .n( i_15_0 ),
    .res( s19 )
  );
  // lui
  lui lui_i11 (
    .n( i_15_0 ),
    .res( s20 )
  );
  // SignEx
  DIG_BitExtender #(
    .inputBits(5),
    .outputBits(32)
  )
  DIG_BitExtender_i12 (
    .in( sa ),
    .out( s26 )
  );
  Mux_4x1_NBits #(
    .Bits(5)
  )
  Mux_4x1_NBits_i13 (
    .sel( RegDst ),
    .in_0( rt ),
    .in_1( rd ),
    .in_2( 5'b11111 ),
    .in_3( 5'b0 ),
    .out( s14 )
  );
  // alucontrol
  alucontrol alucontrol_i14 (
    .aluop( ALUop ),
    .func( func ),
    .op( opcontrol ),
    .alurt( alurt ),
    .alurssa( alurs )
  );
  Mux_2x1_NBits #(
    .Bits(32)
  )
  Mux_2x1_NBits_i15 (
    .sel( immS ),
    .in_0( s13 ),
    .in_1( s19 ),
    .out( s11 )
  );
  Mux_2x1_NBits #(
    .Bits(32)
  )
  Mux_2x1_NBits_i16 (
    .sel( jump ),
    .in_0( s3 ),
    .in_1( s4 ),
    .out( s5 )
  );
  Mux_2x1_NBits #(
    .Bits(32)
  )
  Mux_2x1_NBits_i17 (
    .sel( branchtaken ),
    .in_0( \pc+4  ),
    .in_1( s6 ),
    .out( s3 )
  );
  // alu
  alu alu_i18 (
    .a( s8 ),
    .b( s9 ),
    .op( opcontrol ),
    .r( rvAddr ),
    .isZ( isZ )
  );
  Mux_2x1_NBits #(
    .Bits(32)
  )
  Mux_2x1_NBits_i19 (
    .sel( ALUsrc ),
    .in_0( s10 ),
    .in_1( s11 ),
    .out( s12 )
  );
  // regfile
  regfile regfile_i20 (
    .clk( CLK ),
    .Ra( rs ),
    .Rb( rt ),
    .Rw( s14 ),
    .we( regwrite ),
    .din( rwd ),
    .Da( regA ),
    .Db( s10 ),
    .t_0( t_0 ),
    .t_1( t_1 ),
    .t_2( t_2 ),
    .t_3( t_3 )
  );
  // memoryDecoder
  memoryDecoder memoryDecoder_i21 (
    .vAddr( rvAddr ),
    .mW( memwrite ),
    .mR( memread ),
    .pAd( phyAddr ),
    .mE( s18 ),
    .mB( mB ),
    .iAd( iAddr_temp )
  );
  Mux_4x1_NBits #(
    .Bits(32)
  )
  Mux_4x1_NBits_i22 (
    .sel( memtoReg ),
    .in_0( rvAddr ),
    .in_1( s21 ),
    .in_2( s20 ),
    .in_3( \pc+4  ),
    .out( rwd )
  );
  // MemoryRDataDecoder
  MemoryRDataDecoder MemoryRDataDecoder_i23 (
    .inD( s24 ),
    .ofs( offs ),
    .bitX( btX ),
    .ds( dS ),
    .oD( s21 )
  );
  // MemoryWDataEncoder
  MemoryWDataEncoder MemoryWDataEncoder_i24 (
    .inD( s10 ),
    .ofs( offs ),
    .iwe( memwrite ),
    .ds( dS ),
    .oD( s16 ),
    .owe( s15 )
  );
  // cpustop
  cpustop cpustop_i25 (
    .ipc( invpc_temp ),
    .iAd( iAddr_temp ),
    .iOp( iOp_temp ),
    .stop( s22 )
  );
  Mux_2x1_NBits #(
    .Bits(32)
  )
  Mux_2x1_NBits_i26 (
    .sel( alurt ),
    .in_0( regA ),
    .in_1( s10 ),
    .out( s8 )
  );
  Mux_4x1_NBits #(
    .Bits(32)
  )
  Mux_4x1_NBits_i27 (
    .sel( alurs ),
    .in_0( s12 ),
    .in_1( s26 ),
    .in_2( regA ),
    .in_3( 32'b0 ),
    .out( s9 )
  );
  Mux_2x1_NBits #(
    .Bits(32)
  )
  Mux_2x1_NBits_i28 (
    .sel( jr ),
    .in_0( s5 ),
    .in_1( regA ),
    .out( next_pc )
  );
  // branchresolver
  branchresolver branchresolver_i29 (
    .beq( branch ),
    .bne( branche ),
    .bgez( bgez ),
    .bgtz( bgtz ),
    .blez( blez ),
    .bltz( bltz ),
    .zero( isZ ),
    .sign( s27 ),
    .bt( branchtaken )
  );
  Mux_2x1_NBits #(
    .Bits(32)
  )
  Mux_2x1_NBits_i30 (
    .sel( s22 ),
    .in_0( next_pc ),
    .in_1( 32'b0 ),
    .out( s23 )
  );
  assign datamEn = s18[0];
  assign VGAEn = s18[1];
  assign IOEn = s18[2];
  assign offs = phyAddr[1:0];
  assign s25 = phyAddr[12:2];
  assign s27 = regA[31];
  DemuxBus2 #(
    .Bits(11)
  )
  DemuxBus2_i31 (
    .sel( mB ),
    .in( s25 ),
    .out_0( dmAddr ),
    .out_1( VGAAddr ),
    .out_2( IOAddr ),
    .out_3( error )
  );
  // DataMem
  DataMem DataMem_i32 (
    .clk( CLK ),
    .en( datamEn ),
    .we( s15 ),
    .addr( dmAddr ),
    .wd( s16 ),
    .rd( DMrd ),
    .w( w_0 )
  );
  // DataMemVGA
  DataMemVGA DataMemVGA_i33 (
    .clk( CLK ),
    .en( VGAEn ),
    .we( s15 ),
    .addr( VGAAddr ),
    .wd( s16 ),
    .rd( VGArd )
  );
  Mux_4x1_NBits #(
    .Bits(32)
  )
  Mux_4x1_NBits_i34 (
    .sel( mB ),
    .in_0( DMrd ),
    .in_1( VGArd ),
    .in_2( 32'b0 ),
    .in_3( 32'b0 ),
    .out( s24 )
  );
  assign invpc = invpc_temp;
  assign iAddr = iAddr_temp;
  assign iOp = iOp_temp;
endmodule